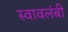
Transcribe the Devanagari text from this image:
स्‍वावलंबी